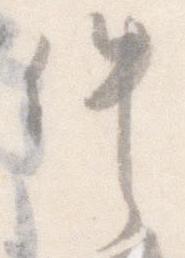
件